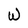
Character: W